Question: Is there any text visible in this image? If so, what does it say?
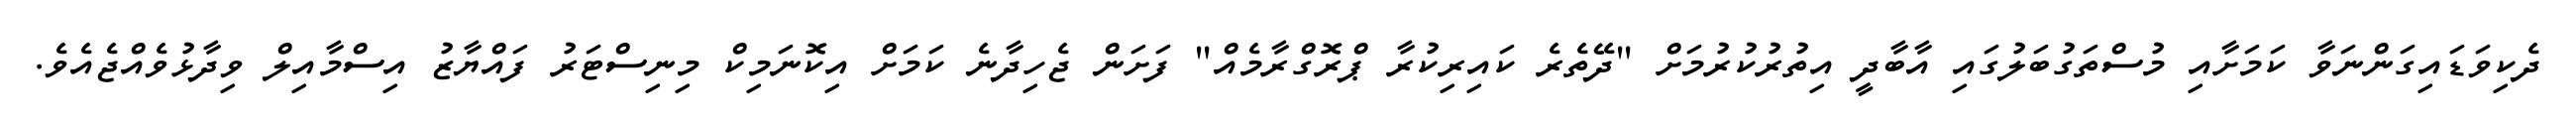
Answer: ދެކިވަޑައިގަންނަވާ ކަމަށާއި މުސްތަގުބަލުގައި އާބާދީ އިތުރުކުރުމަށް "ދޭތެރެ ކައިރިކުރާ ޕްރޮގްރާމެއް" ފަށަން ޖެހިދާނެ ކަމަށް އިކޮނަމިކް މިނިސްޓަރު ފައްޔާޒު އިސްމާއިލް ވިދާޅުވެއްޖެއެވެ.